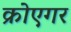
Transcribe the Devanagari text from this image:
क्रोएगर